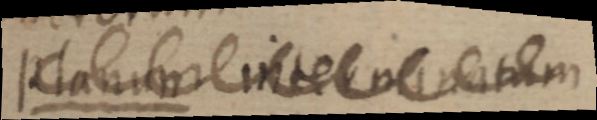
Planum interminatum